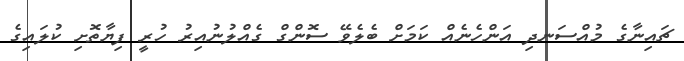
ޗައިނާގެ މުއްސަނދި އަންހެނެއް ކަމަށް ބެލެވޭ ސޮންގް ގެއްލުނުއިރު ހުރީ ފިޔާތޮށި ކުލައިގެ